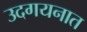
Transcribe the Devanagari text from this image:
उदगयनात